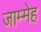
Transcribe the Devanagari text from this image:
जाम्मेह